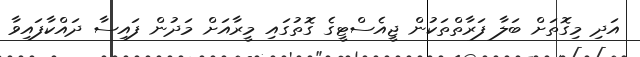
އަދި މިގޮތަށް ބަލާ ފަރާތްތަކުން ޖީއެސްޓީގެ ގޮތުގައި މީރާއަށް މަދުން ފައިސާ ދައްކާފައިވާ